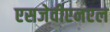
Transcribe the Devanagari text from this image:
एसजेवीएनएल